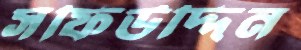
সফিউদ্দিন